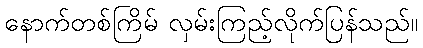
နောက်တစ်ကြိမ် လှမ်းကြည့်လိုက်ပြန်သည်။